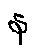
န